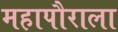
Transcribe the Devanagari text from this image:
महापौराला